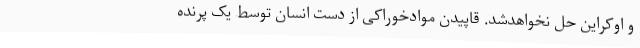
و اوکراین حل نخواهدشد. قاپیدن موادخوراکی از دست انسان توسط یک پرنده